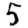
Digit: 5